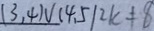
( 3 , 4 ) v ( 4 . 5 1 2 k \neq 8